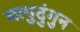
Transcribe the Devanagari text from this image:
मापुदुंगुन